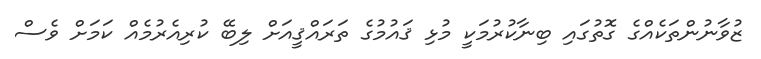
ޒުވާނުންތަކެއްގެ ގޮތުގައި ބިނާކުރުމަކީ މުޅި ޤައުމުގެ ތަރައްޤީއަށް ލިބޭ ކުރިއެރުމެއް ކަމަށް ވެސް